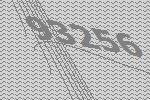
93256